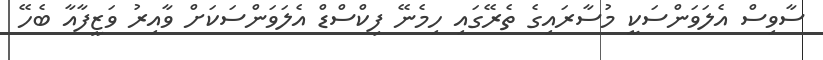
ސާވިސް އެލަވަންސަކީ މުސާރައިގެ ތެރޭގައި ހިމެނޭ ފިކްސްޑް އެލަވަންސަކަށް ވާއިރު ވަޒީފާއާ ބެހޭ